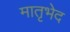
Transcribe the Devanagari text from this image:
मातृभेद